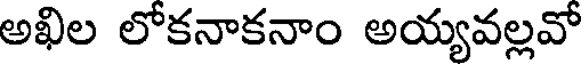
అఖిల లోకనాకనాం అయ్యవల్లవో